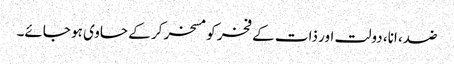
ضد، انا، دولت اور ذات کے فخر کو مسخر کر کے حاوی ہو جائے۔